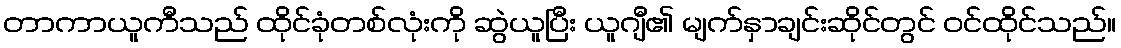
တာကာယူကီသည် ထိုင်ခုံတစ်လုံးကို ဆွဲယူပြီး ယူဂျီ၏ မျက်နှာချင်းဆိုင်တွင် ဝင်ထိုင်သည်။